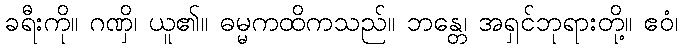
ခရီးကို။ ဂဏှိ၊ ယူ၏။ ဓမ္မကထိကသည်။ ဘန္တေ၊ အရှင်ဘုရားတို့။ ဧဝံ၊